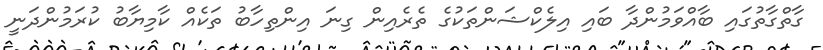
ގާތްގާތުގައި ބާއްވަމުންދާ ބައި އިލެކްޝަންތަކުގެ ތެރެއިން ގިނަ އިންތިހާބު ތަކެއް ކާމިޔާބު ކުރަމުންދަނީ